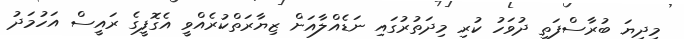
މިދިޔަ ބުރާސްފަތި ދުވަހު ކުރި މިދަތުރުގައި ނަޑެއްލާއަށް ޒިޔާރަތްކުރެއްވީ އެގޮފީގެ ރައީސް އަހުމަދު